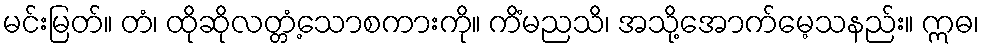
မင်းမြတ်။ တံ၊ ထိုဆိုလတ္တံ့သောစကားကို။ ကိံမညသိ၊ အသို့အောက်မေ့သနည်း။ ဣဓ၊